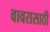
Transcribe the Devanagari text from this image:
वावरासाठी